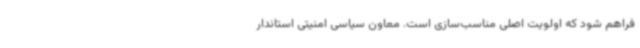
فراهم شود که اولویت اصلی مناسب‌سازی است. معاون سیاسی امنیتی استاندار